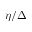
\eta / \Delta